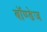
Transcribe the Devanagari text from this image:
बॉण्डेज